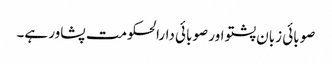
صوبائی زبان پشتو اور صوبائی دارالحکومت پشاور ہے۔